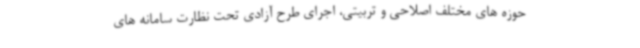
حوزه های مختلف اصلاحی و تربیتی، اجرای طرح آزادی تحت نظارت سامانه های